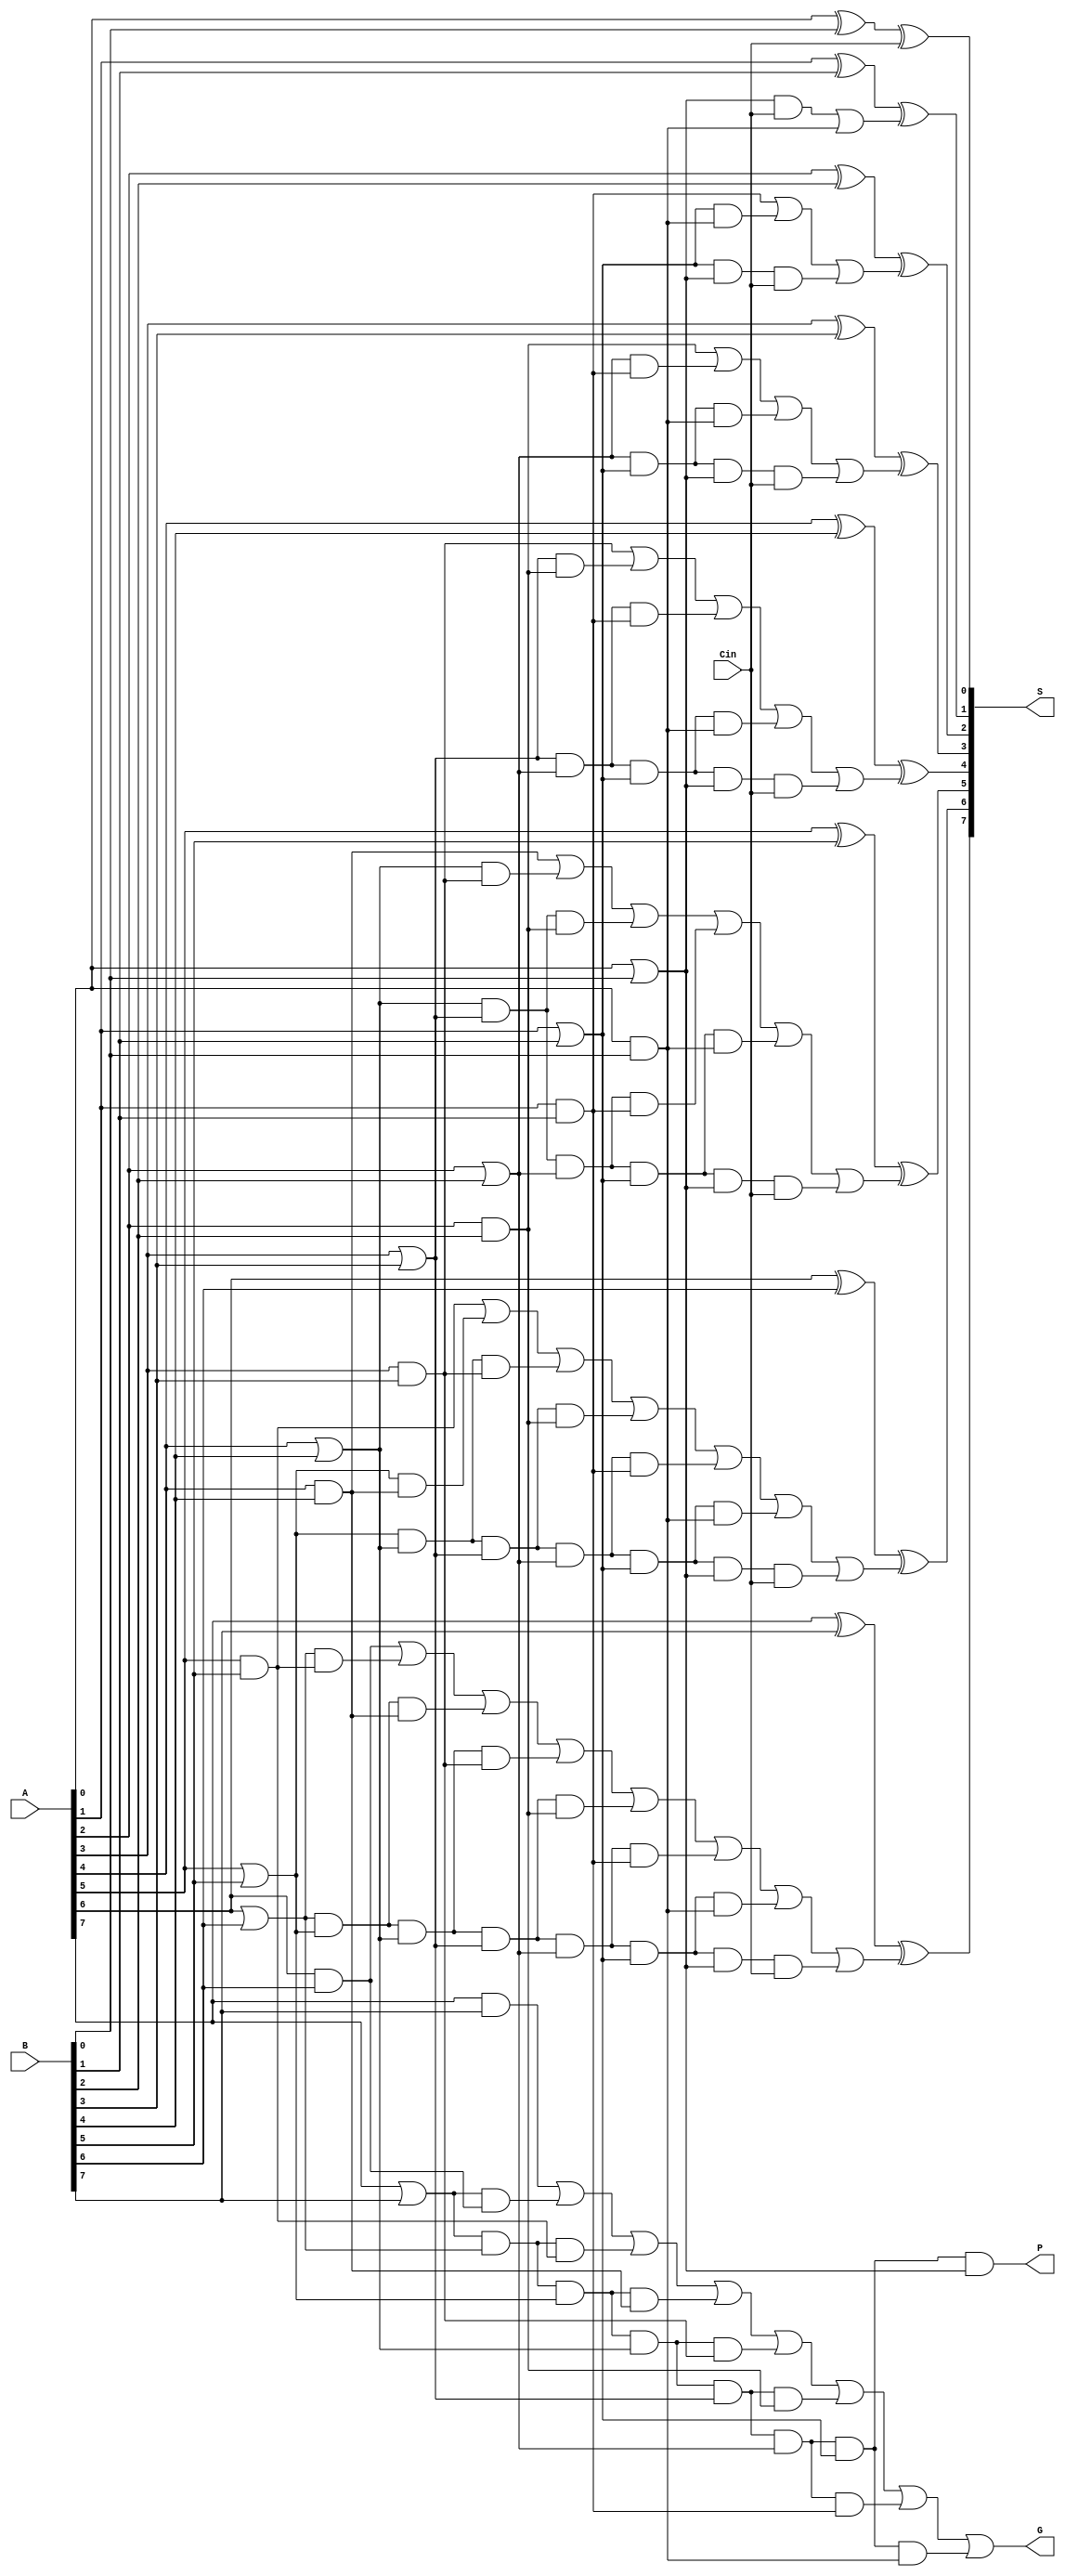
module cla_8(A, B, Cin, S, G, P);
    input [7:0] A, B;
    input Cin;
    output [7:0] S;
    output G, P;
    wire g0, g1, g2, g3, g4, g5, g6, g7;
    wire p0, p1, p2, p3, p4, p5, p6, p7;
    wire c1, c2, c3, c4, c5, c6, c7;
    wire w0, w1a, w1b, w2a, w2b, w2c, w3a, w3b, w3c, w3d, w4a, w4b, w4c, w4d, w4e, w5a, w5b, w5c, w5d, w5e, w5f, w6a, w6b, w6c, w6d, w6e, w6f, w6g, w7a, w7b, w7c, w7d, w7e, w7f, w7g, w7h;

    // Block 0
    xor xor_s0(S[0], A[0], B[0], Cin);
    and and_g0(g0, A[0], B[0]);
    or or_p0(p0, A[0], B[0]);
    and and_c1(w0, p0, Cin);
    or or_c1(c1, w0, g0);

    // Block 1
    xor xor_s1(S[1], A[1], B[1], c1);
    and and_g1(g1, A[1], B[1]);
    or or_p1(p1, A[1], B[1]);
    and and_c2a(w1a, p1, g0);
    and and_c2b(w1b, p1, p0, Cin);
    or or_c2(c2, g1, w1a, w1b);

    // Block 2
    xor xor_s2(S[2], A[2], B[2], c2);
    and and_g2(g2, A[2], B[2]);
    or or_p2(p2, A[2], B[2]);
    and and_c3a(w2a, p2, g1);
    and and_c3b(w2b, p2, p1, g0);
    and and_c3c(w2c, p2, p1, p0, Cin);
    or or_c3(c3, g2, w2a, w2b, w2c);

    // Block 3
    xor xor_s3(S[3], A[3], B[3], c3);
    and and_g3(g3, A[3], B[3]);
    or or_p3(p3, A[3], B[3]);
    and and_c4a(w3a, p3, g2);
    and and_c4b(w3b, p3, p2, g1);
    and and_c4c(w3c, p3, p2, p1, g0);
    and and_c4d(w3d, p3, p2, p1, p0, Cin);
    or or_c4(c4, g3, w3a, w3b, w3c, w3d);

    // Block 4
    xor xor_s4(S[4], A[4], B[4], c4);
    and and_g4(g4, A[4], B[4]);
    or or_p4(p4, A[4], B[4]);
    and and_c5a(w4a, p4, g3);
    and and_c5b(w4b, p4, p3, g2);
    and and_c5c(w4c, p4, p3, p2, g1);
    and and_c5d(w4d, p4, p3, p2, p1, g0);
    and and_c5e(w4e, p4, p3, p2, p1, p0, Cin);
    or or_c5(c5, g4, w4a, w4b, w4c, w4d, w4e);

    // Block 5
    xor xor_s5(S[5], A[5], B[5], c5);
    and and_g5(g5, A[5], B[5]);
    or or_p5(p5, A[5], B[5]);
    and and_c6a(w5a, p5, g4);
    and and_c6b(w5b, p5, p4, g3);
    and and_c6c(w5c, p5, p4, p3, g2);
    and and_c6d(w5d, p5, p4, p3, p2, g1);
    and and_c6e(w5e, p5, p4, p3, p2, p1, g0);
    and and_c6f(w5f, p5, p4, p3, p2, p1, p0, Cin);
    or or_c6(c6, g5, w5a, w5b, w5c, w5d, w5e, w5f);

    // Block 6
    xor xor_s6(S[6], A[6], B[6], c6);
    and and_g6(g6, A[6], B[6]);
    or or_p6(p6, A[6], B[6]);
    and and_c7a(w6a, p6, g5);
    and and_c7b(w6b, p6, p5, g4);
    and and_c7c(w6c, p6, p5, p4, g3);
    and and_c7d(w6d, p6, p5, p4, p3, g2);
    and and_c7e(w6e, p6, p5, p4, p3, p2, g1);
    and and_c7f(w6f, p6, p5, p4, p3, p2, p1, g0);
    and and_c7g(w6g, p6, p5, p4, p3, p2, p1, p0, Cin);
    or or_c7(c7, g6, w6a, w6b, w6c, w6d, w6e, w6f, w6g);

    // Block 7
    xor xor_s7(S[7], A[7], B[7], c7);
    and and_g7(g7, A[7], B[7]);
    or or_p7(p7, A[7], B[7]);
    and and_c8a(w7a, p7, g6);
    and and_c8b(w7b, p7, p6, g5);
    and and_c8c(w7c, p7, p6, p5, g4);
    and and_c8d(w7d, p7, p6, p5, p4, g3);
    and and_c8e(w7e, p7, p6, p5, p4, p3, g2);
    and and_c8f(w7f, p7, p6, p5, p4, p3, p2, g1);
    and and_c8g(w7g, p7, p6, p5, p4, p3, p2, p1, g0);
    and and_P(P, p7, p6, p5, p4, p3, p2, p1, p0);
    or or_G(G, g7, w7a, w7b, w7c, w7d, w7e, w7f, w7g);

endmodule